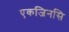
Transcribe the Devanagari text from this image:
एकजिनसि